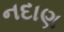
નદાણ